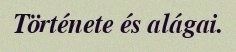
Története és alágai.